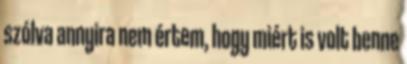
szólva annyira nem értem, hogy miért is volt benne